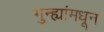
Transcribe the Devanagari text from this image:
गुन्ह्यांमधून